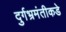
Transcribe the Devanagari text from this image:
दुर्गभ्रमंतीकडे